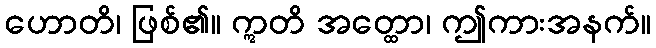
ဟောတိ၊ ဖြစ်၏။ ဣတိ အတ္ထော၊ ဤကားအနက်။